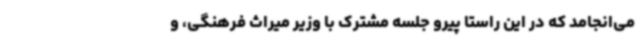
می‌انجامد که در این راستا پیرو جلسه مشترک با وزیر میراث فرهنگی، و